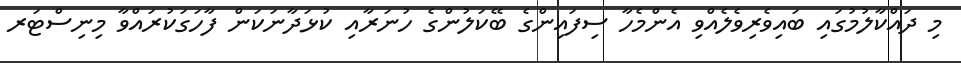
މި ދައްކާލުމުގައި ބައިވެރިވެލެއްވި އެންމެހާ ސިފައިންގެ ބޭކަލުންގެ ހުނަރާއި ކުޅަދާނަކަން ފާހަގަކުރައްވާ މިނިސްޓަރ